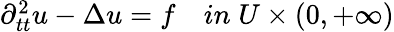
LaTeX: \begin{array}{r}{\partial_{tt}^{2}u-\Delta u=f\quad in\; U\times(0,+\infty)}\end{array}